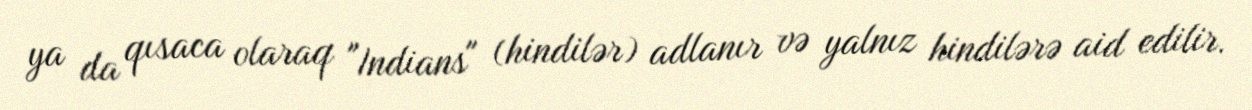
ya da qısaca olaraq "Indians" (hindilər) adlanır və yalnız hindilərə aid edilir.